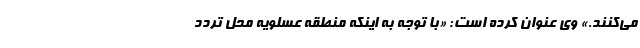
می‌کنند.» وی عنوان کرده است: «با توجه به اینکه منطقه عسلویه محل تردد